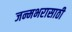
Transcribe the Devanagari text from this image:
जन्मभरासाठी